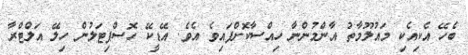
ބެހޭ އެކިއެކި މައުލޫމާތު އާންމުންނާ ހިއްސާކޮށްފައިވެ އެވެ. އޭޑީކޭ ހޮސްޕިޓަލުން ހިލޭ އަލްޓްރާ